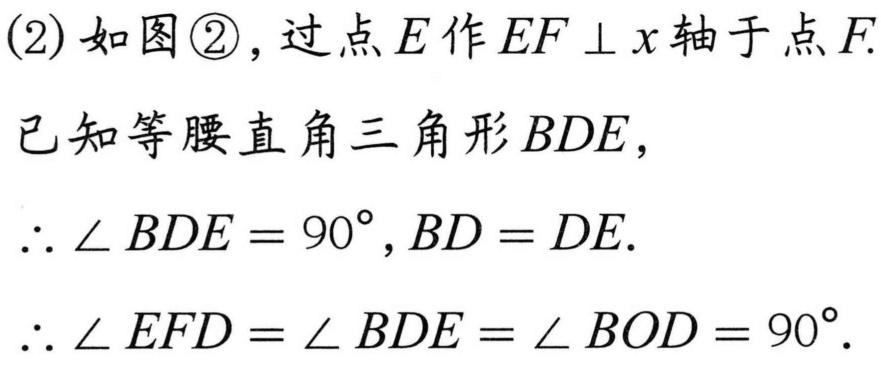
(2) 如图\textcircled{2}，过点\(E\)作\(EF\perp x\)轴于点\(F\).
已知等腰直角三角形\(BDE\)，
\(\therefore \angle BDE = 90^{\circ},BD = DE\).
\(\therefore \angle EFD=\angle BDE=\angle BOD = 90^{\circ}\).